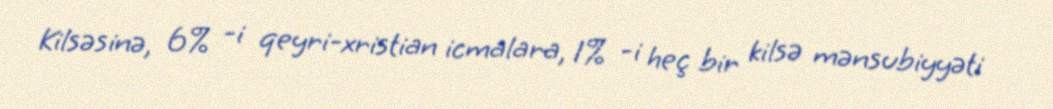
Kilsəsinə, 6% -i qeyri-xristian icmalara, 1% -i heç bir kilsə mənsubiyyəti